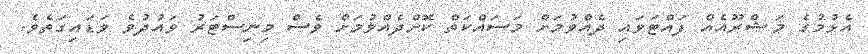
އެޅުމުގެ މަޝްރޫއެއް ފައްޓަވައި ދެއްވުމަށް މަސައްކަތް ކޮށްދެއްވުމަށް ވެސް މިނިސްޓަރު ވައުދުވެ ވަޑައިގަތެވެ.